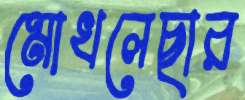
মোখলেছার